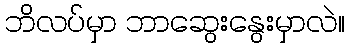
ဘိလပ်မှာ ဘာဆွေးနွေးမှာလဲ။